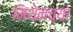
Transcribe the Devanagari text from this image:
मिथेनच्या